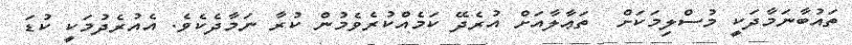
ތައުބާނަމާދަކީ މުސްލިމަކަށް  ތަޢާލާއަށް އުރެދޭ ކަމެއްކުރެވެމުން ކުރާ ނަމާދެކެވެ. އެއުރެދުމަކީ ކުޑަ